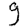
Digit: 9